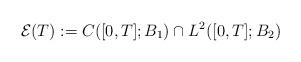
LaTeX: \begin{align*}\mathcal{E}(T) := C([0,T];B_1) \cap L^2([0,T];B_2)\end{align*}